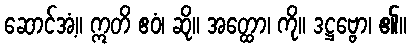
ဆောင်အံ့။ ဣတိ ဧဝံ၊ ဆို။ အတ္ထော၊ ကို။ ဒဋ္ဌဗ္ဗော၊ ၏။